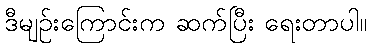
ဒီမျဉ်းကြောင်းက ဆက်ပြီး ရေးတာပါ။